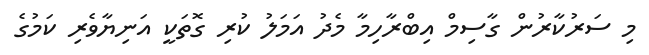
މި ސަރުކާރުން ގާސިމް އިބްރާހިމާ މެދު އަމަލު ކުރި ގޮތަކީ އަނިޔާވެރި ކަމުގެ